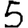
Digit: 5